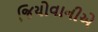
જિયોવાનીએ